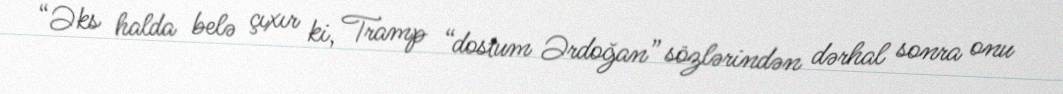
“Əks halda belə çıxır ki, Tramp “dostum Ərdoğan” sözlərindən dərhal sonra onu